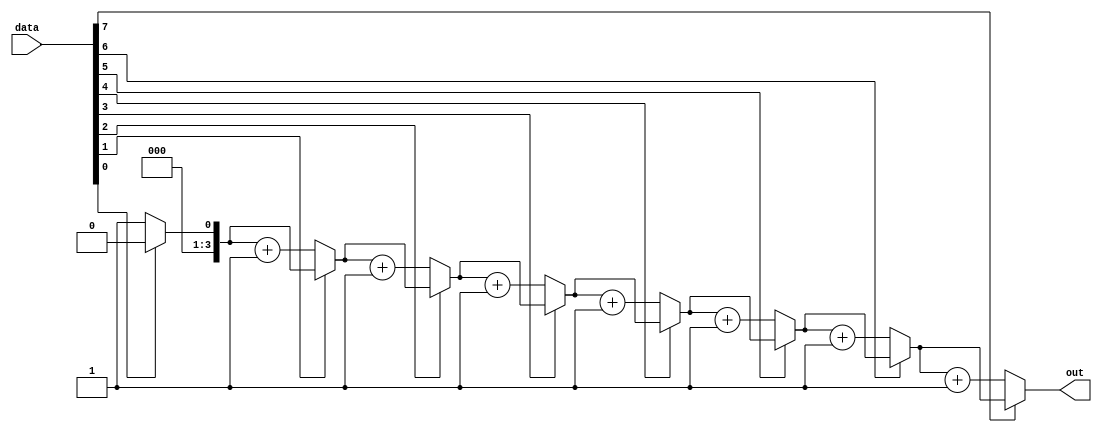

module zero_count_task(data, out);

input [7:0] data;
output reg [3:0] out;

always @(data)
	count_0s_in_byte(data, out);

task count_0s_in_byte(input [7:0] data, output reg [3:0] count);
	integer i;
	begin
		count = 0;
		for(i=0; i<=7; i=i+1)
			if (data[i] == 0)
				count = count + 1;
	end
endtask

endmodule